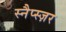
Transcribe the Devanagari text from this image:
स्नैप्स्ज़र